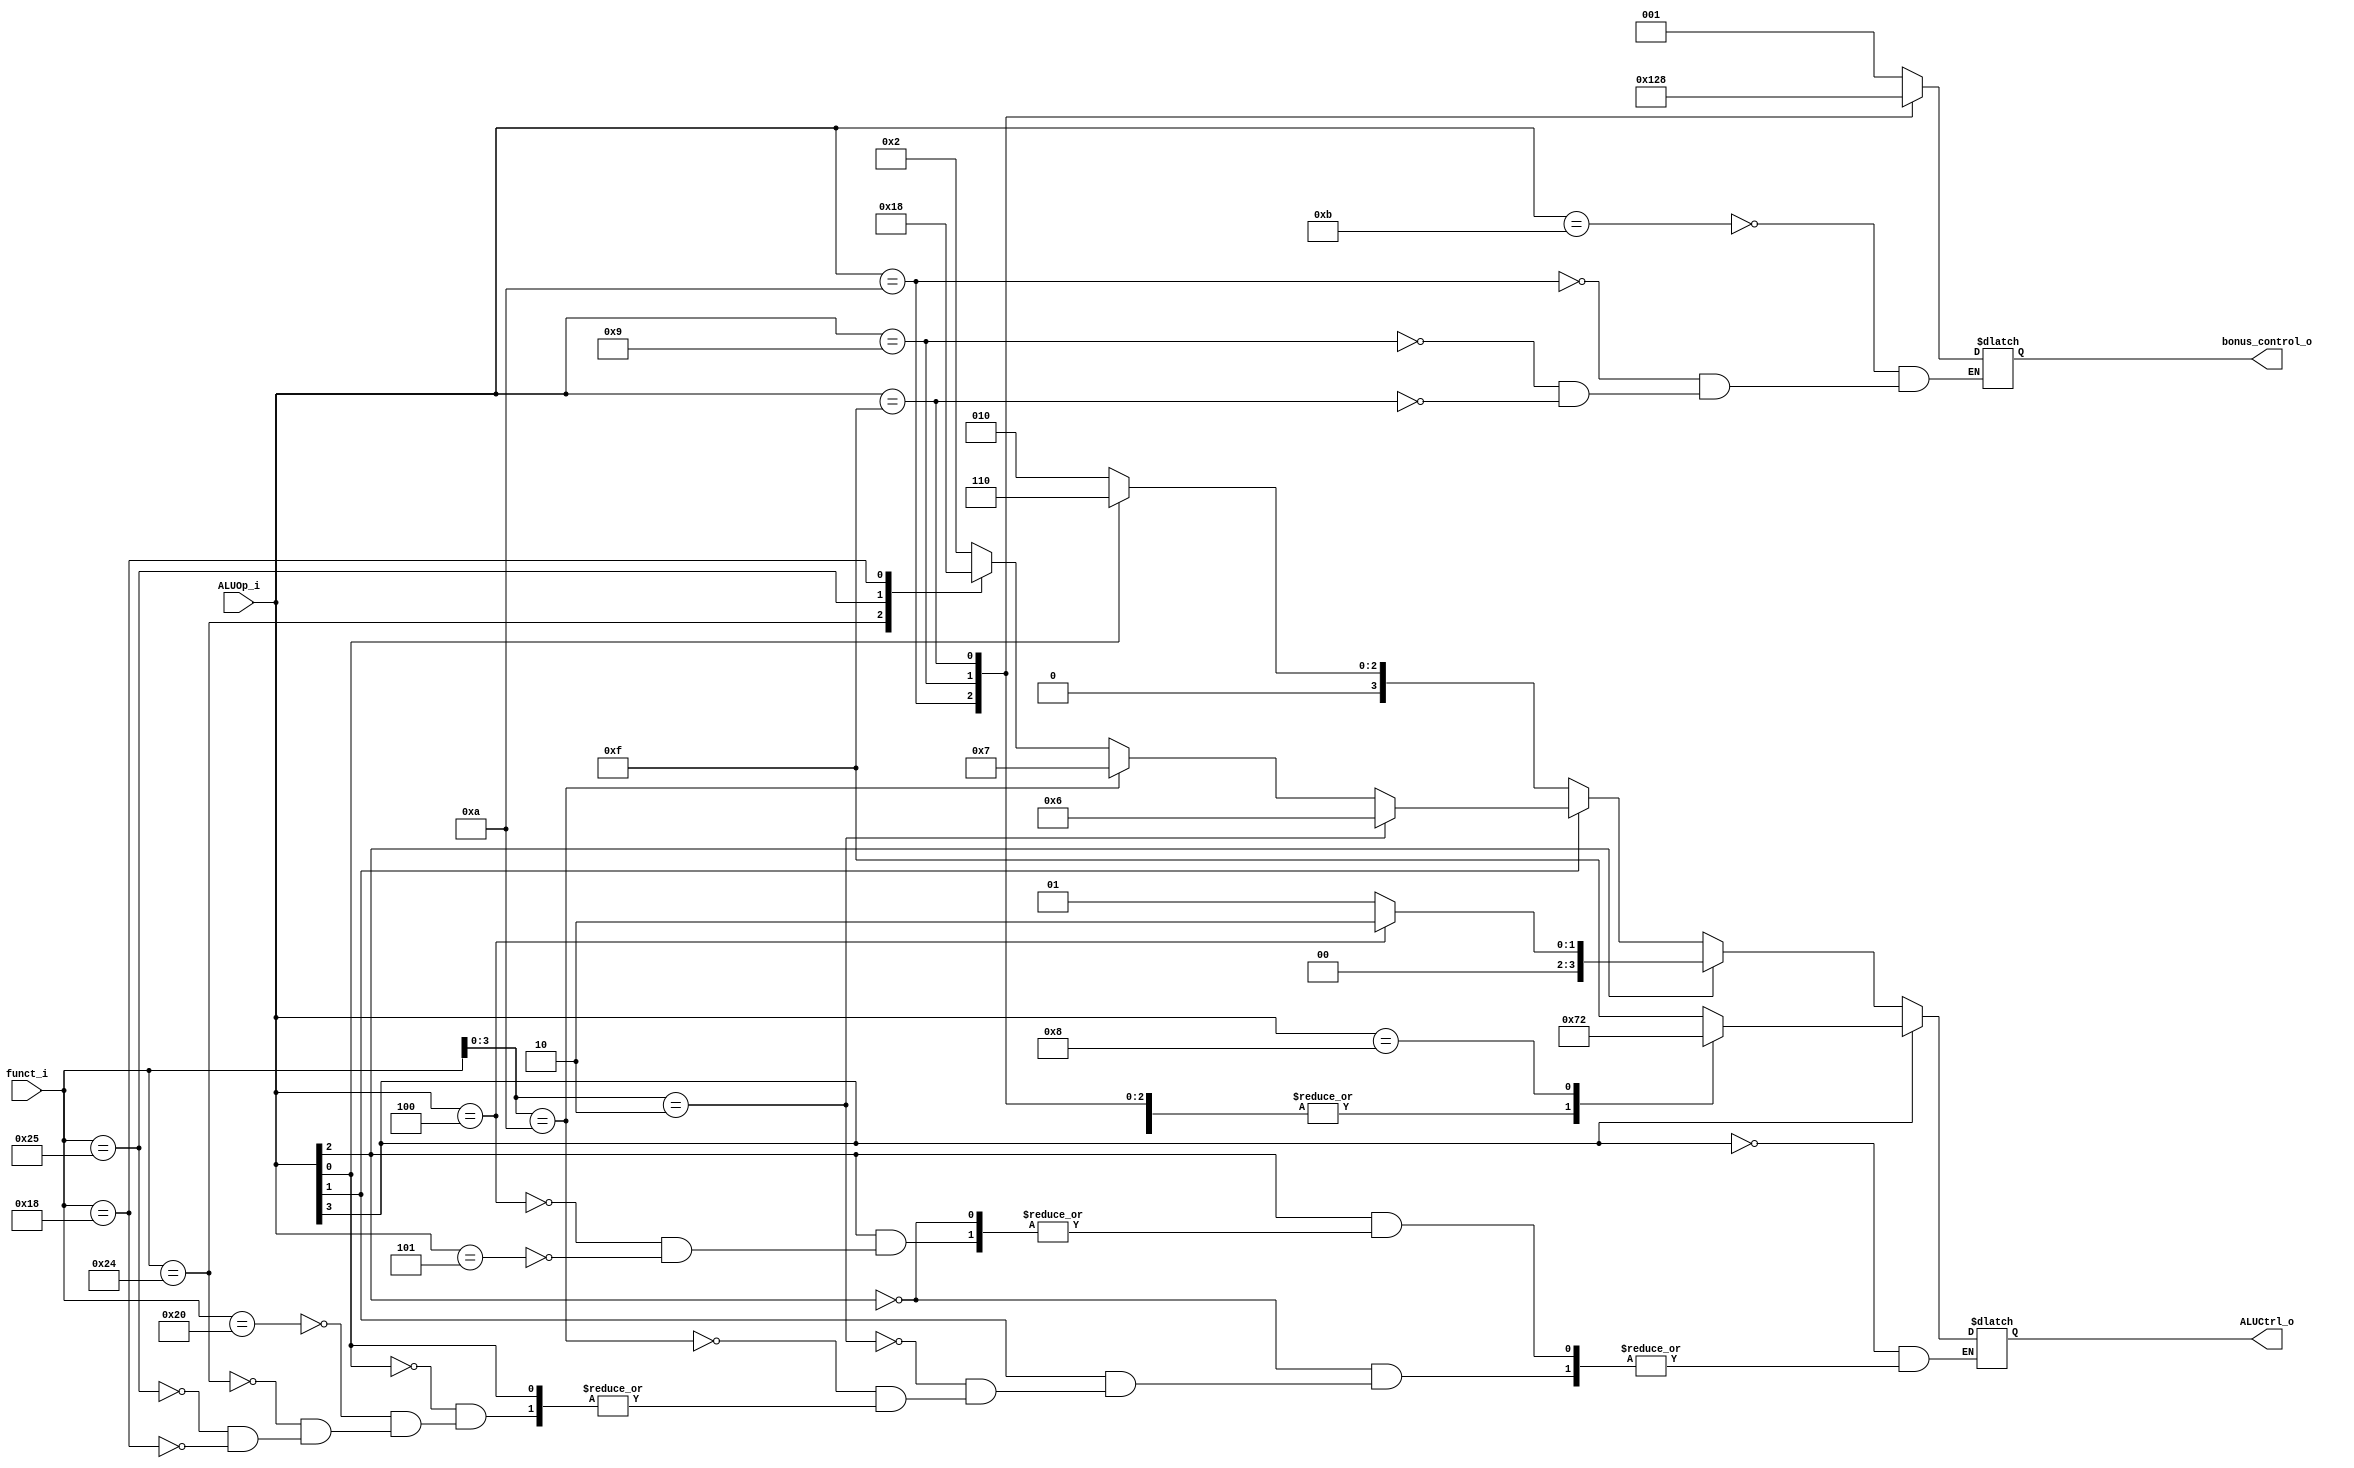
//Subject:     CO project 2 - ALU Controller
//--------------------------------------------------------------------------------
//Version:     1
//--------------------------------------------------------------------------------
//Writer:      
//----------------------------------------------
//Date:        
//----------------------------------------------
//Description: 
//--------------------------------------------------------------------------------

module ALU_Ctrl(
          funct_i,
          ALUOp_i,
          ALUCtrl_o,
		  bonus_control_o
          );
          
//I/O ports 
input      [6-1:0] funct_i;
input      [4-1:0] ALUOp_i;

output     [4-1:0] ALUCtrl_o;    
output		[3-1:0] bonus_control_o;     
	
//Internal Signals
reg        [4-1:0] ALUCtrl_o;
reg		 [3-1:0] bonus_control_o;   
//Parameter


//Select exact operation
	
always@(*)begin
	if(ALUOp_i[3]==0)begin
		if(ALUOp_i[2]==0)begin
			case(ALUOp_i[1])
				0:begin
					case(ALUOp_i[0])
						0:begin
							ALUCtrl_o <= 4'b0010; 	//ALUop 000 -> lw /sw
						end
						1:begin
							ALUCtrl_o <= 4'b0110;	// ALUop 001: BEQ
						end
					endcase
				end
				1:begin
					if(funct_i[3:0]==4'b0010)begin
						ALUCtrl_o <= 4'b0110; 		//R-type Substract
					end
					else if(funct_i[3:0]==4'b1010)begin
						ALUCtrl_o <= 4'b0111; 		//Set Less Than
					end
					else if(ALUOp_i[0]==0)begin
						case(funct_i[5:0])
							6'b100000:begin
								ALUCtrl_o <= 4'b0010; //Rtype ADD
							end
							6'b100100:begin
								ALUCtrl_o <= 4'b0000; //Rtype AND
							end
							6'b100101:begin
								ALUCtrl_o <= 4'b0001;	//Rtype OR
							end
							6'b011000:begin
								ALUCtrl_o <= 4'b1000;	//Rtypt MUL ALU input set to 1000
							end
						endcase
					end
				end
			endcase 
		end
		else if(ALUOp_i[2]==1)begin
			if(ALUOp_i == 3'b100)begin				// 1xx means I-type;  100 is assigned for ADDI, then give AND ALUcntrl to AL
				ALUCtrl_o <= 4'b0010;
			end	
			else if(ALUOp_i == 3'b101)begin
				ALUCtrl_o <= 4'b0001;				// 001 for ORI, then give OR ALU_control to ALU
			end
		end
	end
	
	else begin
		case(ALUOp_i)
			4'b1011: ALUCtrl_o <= 4'd7;  //sgt
			4'b1010: ALUCtrl_o <= 4'd7;  //neq
			4'b1111: ALUCtrl_o <= 4'd7;
			4'b1001: ALUCtrl_o <= 4'd7;  ////greater than or equal to src2-1
			4'b1000: ALUCtrl_o <= 4'd2;  ////greater than or equal to src2-1
			default: ALUCtrl_o <= 4'b1111; //debug
		endcase
	end
end
       
	   
always@(*)begin
	case(ALUOp_i)
		//4'
		4'b1011: bonus_control_o <= 3'b001;  //sgt
		4'b1010: bonus_control_o <= 3'b100;  //neq
		4'b1001: bonus_control_o <= 3'b101;  ////greater than or equal to src2-1
		4'b1111: bonus_control_o <= 3'b000;
	endcase
end

endmodule